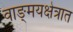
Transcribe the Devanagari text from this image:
वाङ्‌मयक्षेत्रात